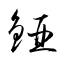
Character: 錏